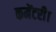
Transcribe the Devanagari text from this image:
कमेंटरी।